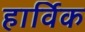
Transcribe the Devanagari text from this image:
हार्विक